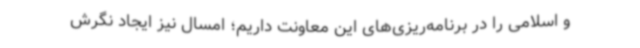
و اسلامی را در برنامه‌ریزی‌های این معاونت داریم؛ امسال نیز ایجاد نگرش